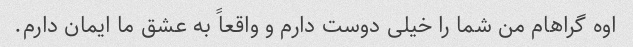
اوه گراهام من شما را خیلی دوست دارم و واقعاً به عشق ما ایمان دارم.